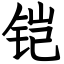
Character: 铠